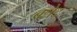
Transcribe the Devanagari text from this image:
बन्नेद